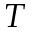
T